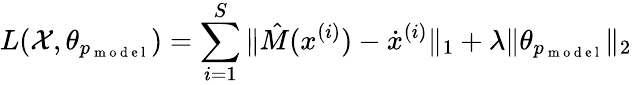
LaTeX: L(\mathcal X,\theta_{p_{\mathrm{~m~o~d~e~l~}}})=\sum_{i=1}^{S}\| \hat{M}(x^{(i)})-\dot{x}^{(i)}\| _{1}+\lambda\| \theta_{p_{\mathrm{~m~o~d~e~l~}}}\| _{2}